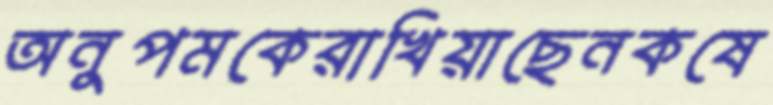
অনুপমকেরাখিয়াছেনকষে